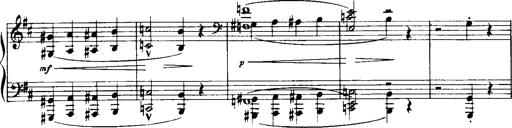
Title: Historische ungarische Bildnisse
Composer: Franz Liszt